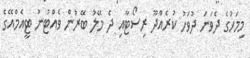
މިމަހުގެ ދެވަނަ ދުވަހު ކުރެއްދޫ ރިސޯޓާއި ދެ މޭލު ބޭރުން ވެއްޓުނު ޓީއެމްއޭގެ